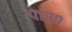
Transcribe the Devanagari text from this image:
पार०